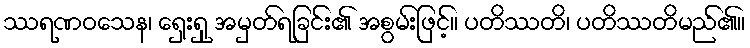
ဿရဏဝသေန၊ ရှေးရှု အမှတ်ရခြင်း၏ အစွမ်းဖြင့်။ ပတိဿတိ၊ ပတိဿတိမည်၏။